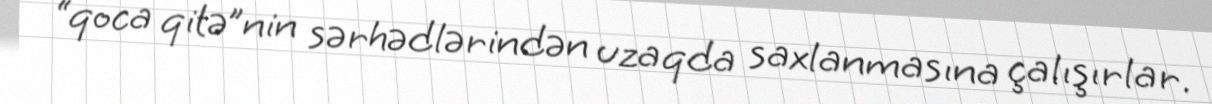
“qoca qitə”nin sərhədlərindən uzaqda saxlanmasına çalışırlar.